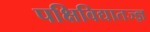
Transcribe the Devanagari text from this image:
पक्षिविद्यातज्ज्ञ